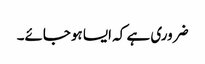
ضروری ہے کہ ایسا ہوجائے۔